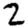
Digit: 2